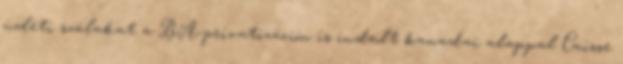
üzleti szálakat a BA-privatizáción is indult kanadai alappal Caisse